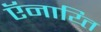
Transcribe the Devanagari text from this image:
ऍनाय्ति